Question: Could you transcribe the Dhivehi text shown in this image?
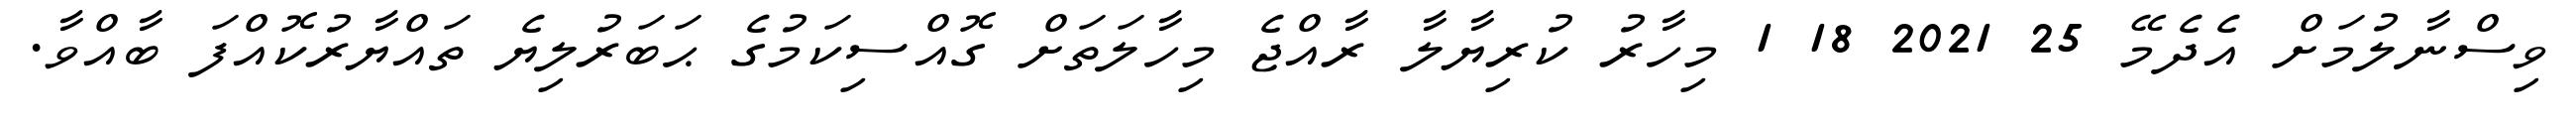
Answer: ވިސްނާލުމަށް އެދެމޭ 25 2021 18 1 މިހާރު ކުރިޔާލާ ރާއްޖެ މިހާލަތަށް ގޮއްސިކަމުގެ ޙަބަރުލިޔެ ތައްޔާރުކޮއްފަ ބާއްވާ.